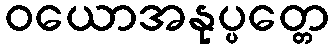
ဝယောအနုပ္ပတ္တေ